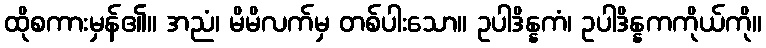
ထိုစကားမှန်၏။ အညံ၊ မိမိလက်မှ တစ်ပါးသော။ ဥပါဒိန္နကံ၊ ဥပါဒိန္နကကိုယ်ကို။